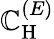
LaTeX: \mathbb{C}_{\mathrm{{H}}}^{(E)}